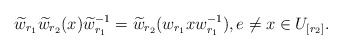
\begin{align*}\widetilde{w}_{r_1}\widetilde{w}_{r_2}(x)\widetilde{w}_{r_1}^{-1} =\widetilde{w}_{r_2}(w_{r_1}xw_{r_1}^{-1}),e\not=x\in U_{[r_2]}.\end{align*}